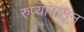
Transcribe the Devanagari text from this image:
रुप्यापासून